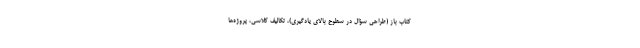
کتاب باز (طراحی سؤال در سطوح بالای یادگیری)، تکالیف کلاسی، پروژه‌ها